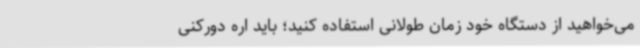
می‌خواهید از دستگاه خود زمان طولانی استفاده کنید؛ باید اره دورکنی